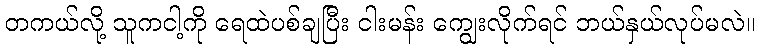
တကယ်လို့ သူကငါ့ကို ရေထဲပစ်ချပြီး ငါးမန်း ကျွေးလိုက်ရင် ဘယ်နှယ်လုပ်မလဲ။